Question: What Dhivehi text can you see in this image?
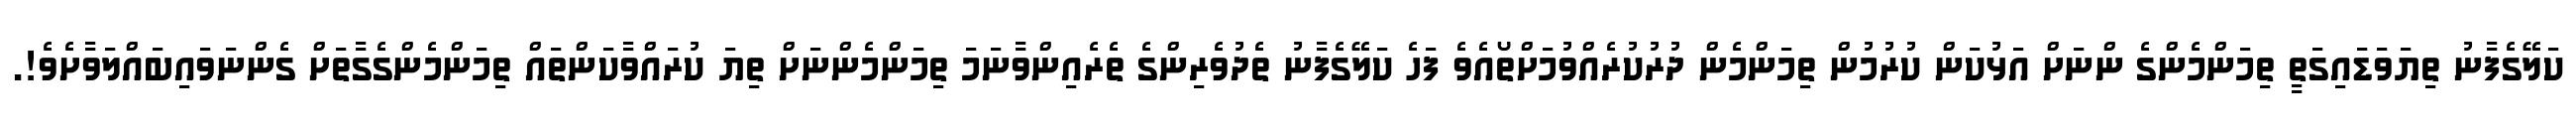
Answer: ކަލޭގެފާނު ތިޔަވަޑައިގަތީ ތިމަންމެންގެ ންނަށް އަޅުކަން ކުރުމުން ތިމަންމެން ދުރުކުރެއްވުމަށްތޯއެވެ ފަހެ ކަލޭގެފާނު ތެދުވެރިންގެ ތެރެއިންވާނަމަ ތިމަންމެންނަށް ތިޔަ ކުރައްވާކަންތައް ތިމަންމެންގެގާތަށް ގެންނަވައިބައްލަވާށެވެ!.